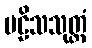
ဗဠိသသုတ္တံ